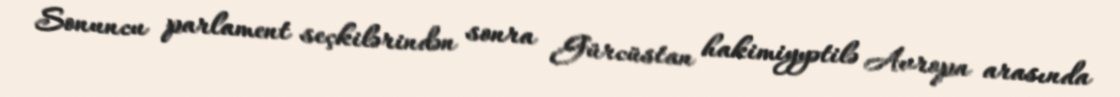
Sonuncu parlament seçkilərindən sonra Gürcüstan hakimiyyətilə Avropa arasında